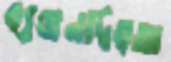
ব্যঞ্জনদ্বিত্বতা